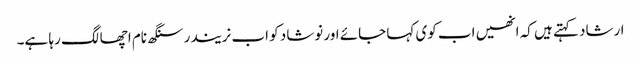
ارشاد کہتے ہیں کہ انھیں اب کوی کہا جائے اور نوشاد کو اب نریندر سنگھ نام اچھا لگ رہا ہے۔